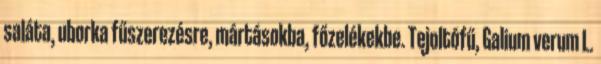
saláta, uborka fűszerezésre, mártásokba, főzelékekbe. Tejoltófű, Galium verum L.